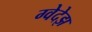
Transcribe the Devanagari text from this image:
ग्वेदेझ